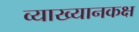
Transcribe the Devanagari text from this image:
व्याख्यानकक्ष